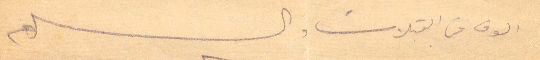
الوف من الفقبلات والسلام